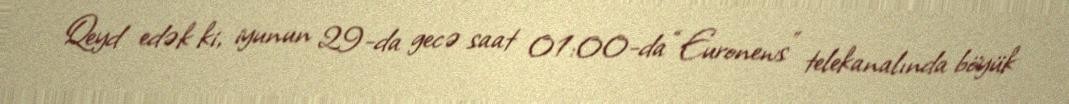
Qeyd edək ki, iyunun 29-da gecə saat 01:00-da “Euronews” telekanalında böyük